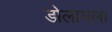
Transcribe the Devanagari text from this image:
डोलायला